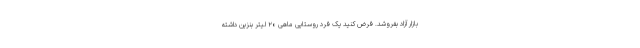
بازار آزاد بفروشد. فرض کنید یک فرد روستایی ماهی ۲۰ لیتر بنزین داشته